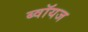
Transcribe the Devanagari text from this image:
ब्‍वॉयज